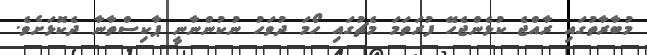
މުބާރާތުގައި ރާއްޖެ ކުޅެންޖެހޭ ފުރަތަމަ މެޗުގައި ހޯމަ ދުވަހު ނުކުންނާނީ ޕާކިސްތާނާ ދެކޮޅަށެވެ.